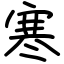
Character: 寒